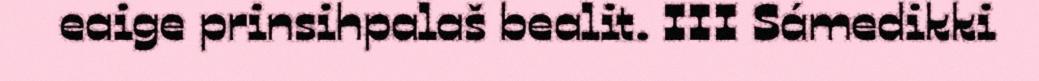
eaige prinsihpalaš bealit. III Sámedikki